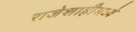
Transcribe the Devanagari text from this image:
राजेशाहीमध्ये